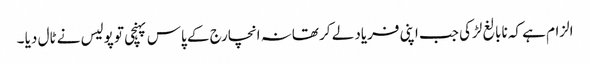
الزام ہے کہ نابالغ لڑکی جب اپنی فریاد لے کر تھانہ انچارج کے پاس پہنچی تو پولیس نے ٹال دیا ۔